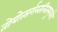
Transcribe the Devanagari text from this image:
तोयोत्सर्गस्तनितमुखरो